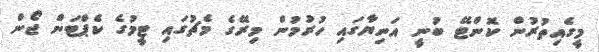
މީގެއިތުރުން ކޮންޓޭ ބުނީ އަނިޔާގައި ހުރުމުން މިރޭގެ މެޗުގައި ޓީމުގެ ކެޕްޓަން ޖޯން